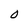
Character: O